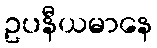
ဥပနီယမာနေ